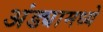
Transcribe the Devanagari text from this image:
अंड्यामध्ये